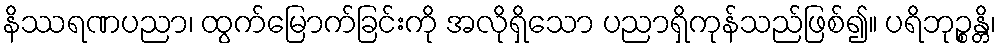
နိဿရဏပညာ၊ ထွက်မြောက်ခြင်းကို အလိုရှိသော ပညာရှိကုန်သည်ဖြစ်၍။ ပရိဘုဉ္စန္တိ၊